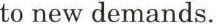
to new demands.